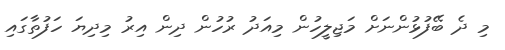
މި ދެ ބޭފުޅުންނަށް މަޖިލީހުން މިއަދު ރުހުން ދިން އިރު މިދިޔަ ހަފުތާގައި